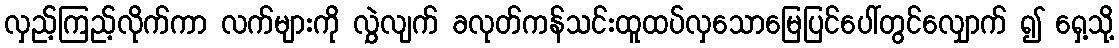
လှည့်ကြည့်လိုက်ကာ လက်များကို လွှဲလျက် ခလုတ်ကန်သင်းထူထပ်လှသောမြေပြင်ပေါ်တွင်လျှောက် ၍ ရှေ့သို့